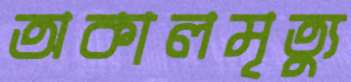
অকালমৃত্যু